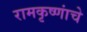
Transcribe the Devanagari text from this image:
रामकृष्णांचे